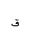
Letter: _qaf